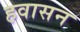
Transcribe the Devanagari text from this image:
हवासन